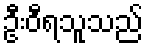
ဦးဝီရသူသည်